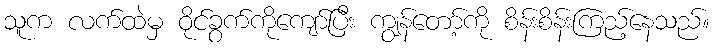
သူက လက်ထဲမှ ဝိုင်ခွက်ကိုကျော်ပြီး ကျွန်တော့်ကို စိန်းစိန်းကြည့်နေသည်။